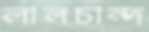
লালচান্দ